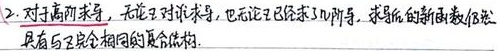
2. 对于高阶导，无论正对谁求导，也无论已求了几阶导，求导后的新函数仍然具有与\(f\)完全相同的复合结构。